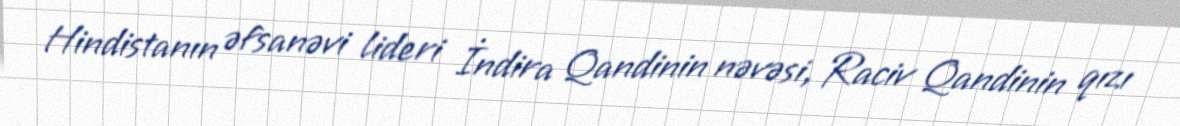
Hindistanın əfsanəvi lideri İndira Qandinin nəvəsi, Raciv Qandinin qızı